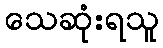
သေဆုံးရသူ